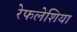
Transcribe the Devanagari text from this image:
रेफलेशिया